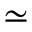
\simeq